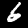
Label: 6